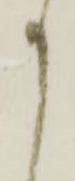
せ